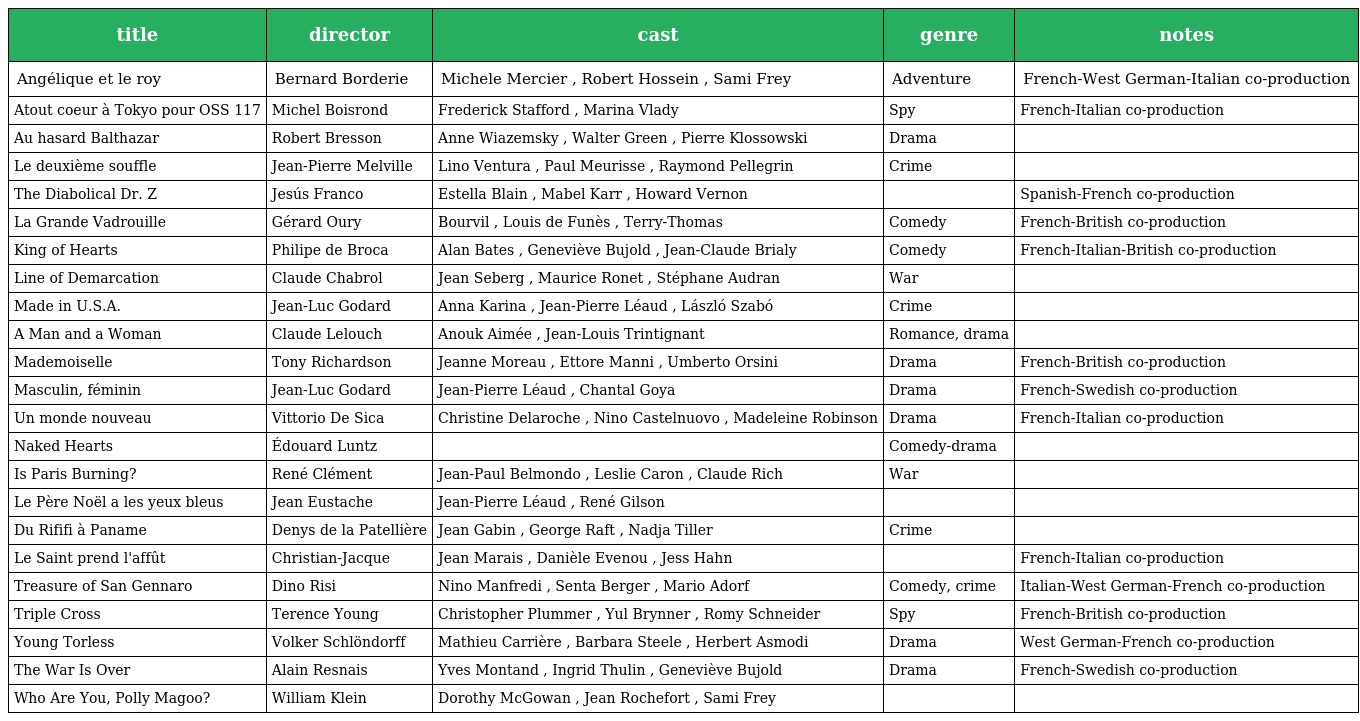
| title | director | cast | genre | notes |
 | --- | --- | --- | --- | --- |
 | Angélique et le roy | Bernard Borderie | Michele Mercier , Robert Hossein , Sami Frey | Adventure | French-West German-Italian co-production |
 | Atout coeur à Tokyo pour OSS 117 | Michel Boisrond | Frederick Stafford , Marina Vlady | Spy | French-Italian co-production |
 | Au hasard Balthazar | Robert Bresson | Anne Wiazemsky , Walter Green , Pierre Klossowski | Drama |  |
 | Le deuxième souffle | Jean-Pierre Melville | Lino Ventura , Paul Meurisse , Raymond Pellegrin | Crime |  |
 | The Diabolical Dr. Z | Jesús Franco | Estella Blain , Mabel Karr , Howard Vernon |  | Spanish-French co-production |
 | La Grande Vadrouille | Gérard Oury | Bourvil , Louis de Funès , Terry-Thomas | Comedy | French-British co-production |
 | King of Hearts | Philipe de Broca | Alan Bates , Geneviève Bujold , Jean-Claude Brialy | Comedy | French-Italian-British co-production |
 | Line of Demarcation | Claude Chabrol | Jean Seberg , Maurice Ronet , Stéphane Audran | War |  |
 | Made in U.S.A. | Jean-Luc Godard | Anna Karina , Jean-Pierre Léaud , László Szabó | Crime |  |
 | A Man and a Woman | Claude Lelouch | Anouk Aimée , Jean-Louis Trintignant | Romance, drama |  |
 | Mademoiselle | Tony Richardson | Jeanne Moreau , Ettore Manni , Umberto Orsini | Drama | French-British co-production |
 | Masculin, féminin | Jean-Luc Godard | Jean-Pierre Léaud , Chantal Goya | Drama | French-Swedish co-production |
 | Un monde nouveau | Vittorio De Sica | Christine Delaroche , Nino Castelnuovo , Madeleine Robinson | Drama | French-Italian co-production |
 | Naked Hearts | Édouard Luntz |  | Comedy-drama |  |
 | Is Paris Burning? | René Clément | Jean-Paul Belmondo , Leslie Caron , Claude Rich | War |  |
 | Le Père Noël a les yeux bleus | Jean Eustache | Jean-Pierre Léaud , René Gilson |  |  |
 | Du Rififi à Paname | Denys de la Patellière | Jean Gabin , George Raft , Nadja Tiller | Crime |  |
 | Le Saint prend l'affût | Christian-Jacque | Jean Marais , Danièle Evenou , Jess Hahn |  | French-Italian co-production |
 | Treasure of San Gennaro | Dino Risi | Nino Manfredi , Senta Berger , Mario Adorf | Comedy, crime | Italian-West German-French co-production |
 | Triple Cross | Terence Young | Christopher Plummer , Yul Brynner , Romy Schneider | Spy | French-British co-production |
 | Young Torless | Volker Schlöndorff | Mathieu Carrière , Barbara Steele , Herbert Asmodi | Drama | West German-French co-production |
 | The War Is Over | Alain Resnais | Yves Montand , Ingrid Thulin , Geneviève Bujold | Drama | French-Swedish co-production |
 | Who Are You, Polly Magoo? | William Klein | Dorothy McGowan , Jean Rochefort , Sami Frey |  |  |